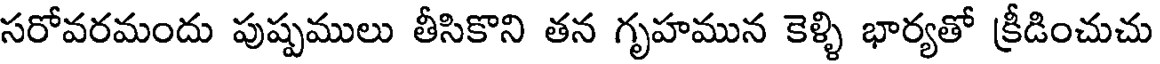
సరోవరమందు పుష్పములు తీసికొని తన గృహమున కెళ్ళి భార్యతో క్రీడించుచు